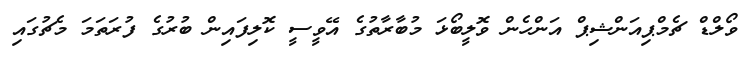
ވޯލްޑް ޗެމްޕިއަންޝިޕް އަންހެން ވޮލީބޯޅަ މުބާރާތުގެ އޭވީސީ ކޮލިފައިން ބުރުގެ ފުރަތަމަ މެޗުގައި